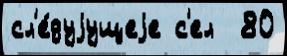
сл'е́дуjущеjе с'ел  80